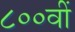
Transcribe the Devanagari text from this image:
८००वीं